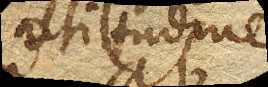
altitudinem